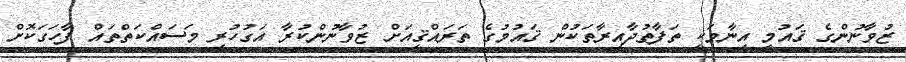
ޒުވާނުންގެ ޤައުމީ އިނާމަކީ ތަފާތުދާއިރާތަކުން ޤައުމުގެ ތަރައްޤީއަށް ޒުވާނުންކުރާ އަގުހުރި މަސައްކަތްތައް ފާހަގަކޮށް